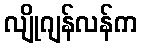
လျိုဂျန်လန်က